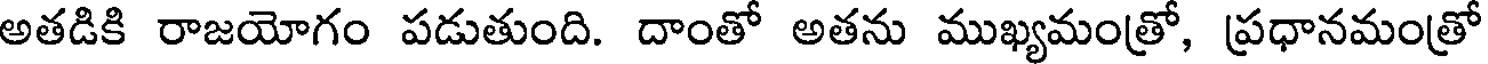
అతడికి రాజయోగం పడుతుంది. దాంతో అతను ముఖ్యమంత్రో, ప్రధానమంత్రో